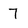
Character: 7